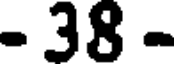
- 38 -